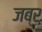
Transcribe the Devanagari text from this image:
जब्र